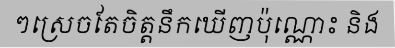
ៗស្រេចតែចិត្តនឹកឃើញប៉ុណ្ណោះ និង